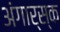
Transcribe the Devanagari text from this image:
अंगार्स्क